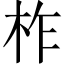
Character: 柞